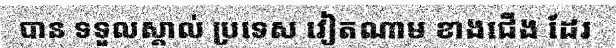
បាន ទទួលស្គាល់ ប្រទេស វៀតណាម ខាងជើង ដែរ